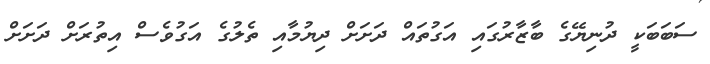
ސަބަބަކީ ދުނިޔޭގެ ބާޒާރުގައި އަގުތައް ދަށަށް ދިޔުމާއި ތެލުގެ އަގުވެސް އިތުރަށް ދަށަށް